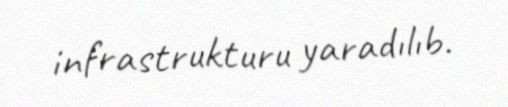
infrastrukturu yaradılıb.